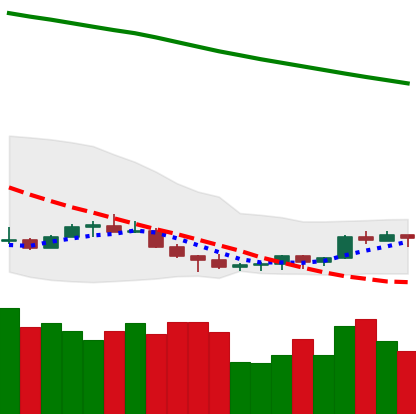
Ticker: NEO-USD
Chart end date: 2022-07-10
Forward return: -4.407%
Label: down_3_5